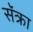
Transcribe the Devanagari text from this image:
सॅक्रा